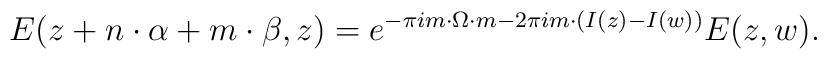
E(z+{n}\cdot {\alpha} +{m}\cdot {\beta},z)=e^{-\pi i m\cdot \Omega\cdot m -2\pi i m\cdot\left(I(z)-I(w)\right)}E(z,w).